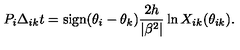
P _ { i } \Delta _ { i k } t = \mathrm { s i g n } ( \theta _ { i } - \theta _ { k } ) \frac { 2 h } { | \beta ^ { 2 } | } \ln X _ { i k } ( \theta _ { i k } ) .